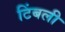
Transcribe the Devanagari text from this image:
टिंबली